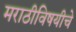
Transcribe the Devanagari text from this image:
मराठीविषयीचे